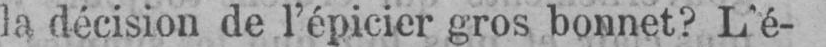
la décision de l’épicier gros bonnet? L’é-